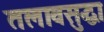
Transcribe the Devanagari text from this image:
तलावसुद्धा